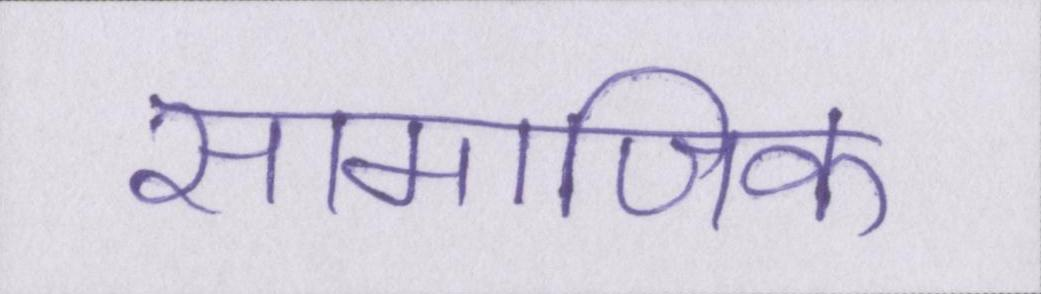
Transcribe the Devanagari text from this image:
सामाजिक